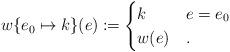
LaTeX: \begin{align*} w\{e_0\mapsto k\}(e) \coloneqq \begin{cases} k & e = e_0 \\ w(e) &. \end{cases} \end{align*}